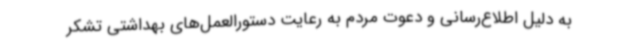
به دلیل اطلاع‌رسانی و دعوت مردم به رعایت دستورالعمل‌های بهداشتی تشکر